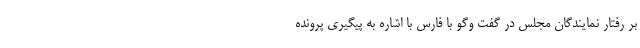
بر رفتار نمایندگان مجلس در گفت وگو با فارس با اشاره به پیگیری پرونده